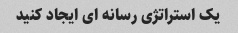
یک استراتژی رسانه ای ایجاد کنید